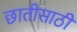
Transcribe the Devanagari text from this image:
छातीसाठी